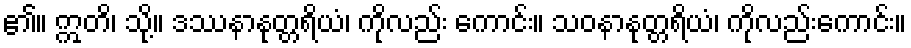
၏။ ဣတိ၊ သို့။ ဒဿနာနုတ္တရိယံ၊ ကိုလည်း ကောင်း။ သဝနာနုတ္တရိယံ၊ ကိုလည်းကောင်း။